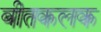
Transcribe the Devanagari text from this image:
बीतकलक